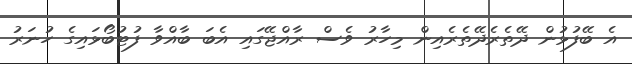
އެ ބޭފުޅުން ދޭތެރެދޭތެރެއިން މިހާރު ވެސް ރާއްޖޭގައި އެބަ ބާއްވާ ފުޓުބޯޅައިގެ ހުނަރު